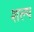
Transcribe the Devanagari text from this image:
शल्प